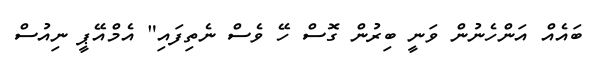
ބައެއް އަންހެނުން ވަނީ ބިރުން ގޮސް ހޭ ވެސް ނެތިފައި" އެމްއޭޕީ ނިއުސް